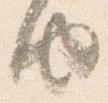
由